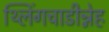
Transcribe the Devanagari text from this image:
थ्लिंगचाडीन्नेह